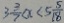
3 \frac { 3 } { 7 } < x < 5 \frac { 5 } { 1 8 }